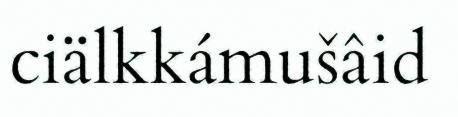
ciälkkámušâid